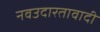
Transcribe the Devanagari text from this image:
नवउदारतावादी